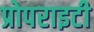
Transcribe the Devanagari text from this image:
प्रोपराइटी